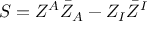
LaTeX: S = Z ^ { A } \bar { Z } _ { A } - Z _ { I } \bar { Z } ^ { I }